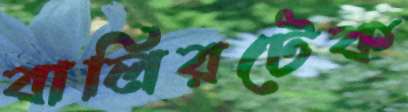
বালিরটেক